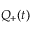
Q _ { + } ( t )